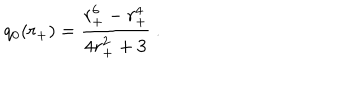
q _ { 0 } ( r _ { + } ) = { \frac { r _ { + } ^ { 6 } - r _ { + } ^ { 4 } } { 4 r _ { + } ^ { 2 } + 3 } } \ .